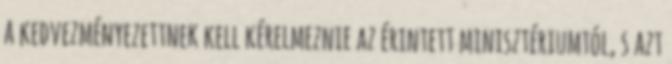
a kedvezményezettnek kell kérelmeznie az érintett minisztériumtól, s azt